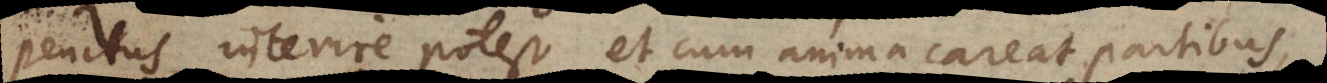
penitus interire potest, et cum anima careat partibus,